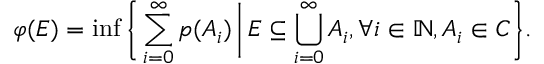
\varphi ( E ) = \operatorname* { i n f } { \biggl \{ } \sum _ { i = 0 } ^ { \infty } p ( A _ { i } ) \, { \bigg | } \, E \subseteq \bigcup _ { i = 0 } ^ { \infty } A _ { i } , \forall i \in \mathbb { N } , A _ { i } \in C { \biggr \} } .